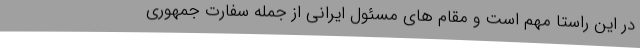
در این راستا مهم است و مقام های مسئول ایرانی از جمله سفارت جمهوری